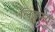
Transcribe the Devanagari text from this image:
लिङ्गम्‌